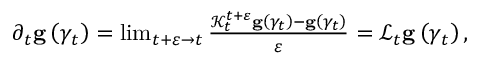
\begin{array} { r } { \partial _ { t } \mathbf { g } \left( \gamma _ { t } \right) = \operatorname* { l i m } _ { t + \varepsilon \rightarrow t } \frac { \mathcal { K } _ { t } ^ { t + \varepsilon } \mathbf { g } \left( \gamma _ { t } \right) - \mathbf { g } \left( \gamma _ { t } \right) } { \varepsilon } = \mathcal { L } _ { t } \mathbf { g } \left( \gamma _ { t } \right) , } \end{array}